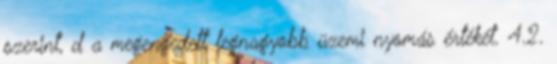
szerint, d a megengedett legnagyobb üzemi nyomás értékét. 4.2.